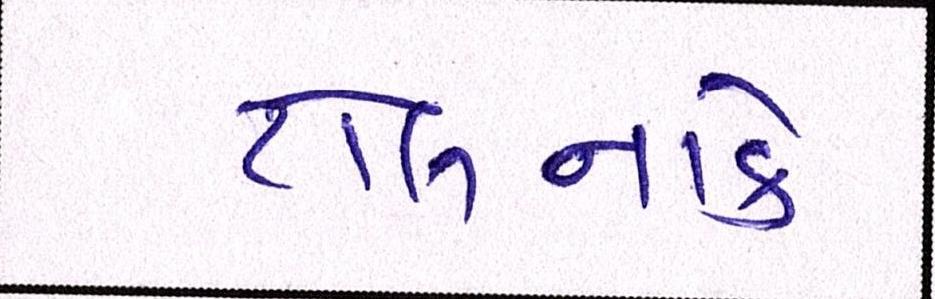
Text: ટોલનાકે